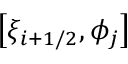
\displaystyle \big [ \xi _ { i + 1 / 2 } , \phi _ { j } \big ]